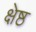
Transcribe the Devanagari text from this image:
क्षेष्ठ